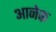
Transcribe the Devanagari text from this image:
आनेक